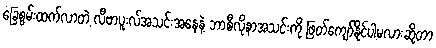
ခြေစွမ်းထက်လာတဲ့ လီဗာပူးလ်အသင်းအနေနဲ့ ဘာစီလိုနာအသင်းကို ဖြတ်ကျော်နိုင်ပါ့မလားဆိုတာ